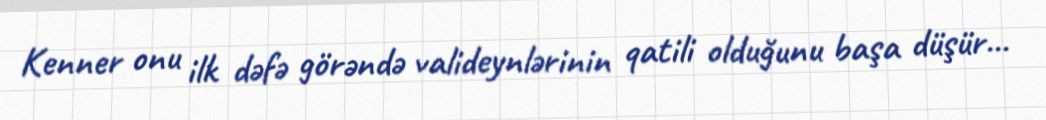
Kenner onu ilk dəfə görəndə valideynlərinin qatili olduğunu başa düşür...